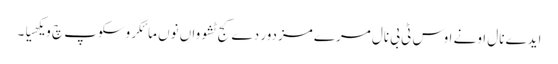
ایدے نال اونے اوس ٹی بی نال مرے مزدور دے کج ٹشوواں نوں مائکروسکوپ چ ویکھیا۔